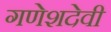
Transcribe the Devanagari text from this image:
गणेशदेवी